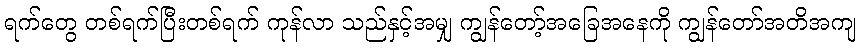
ရက်တွေ တစ်ရက်ပြီးတစ်ရက် ကုန်လာ သည်နှင့်အမျှ ကျွန်တော့်အခြေအနေကို ကျွန်တော်အတိအကျ